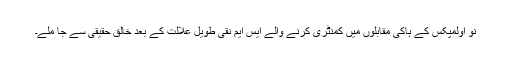
نو اولمپکس کے ہاکی مقابلوں میں کمنٹری کرنے والے ایس ایم نقی طویل علالت کے بعد خالق حقیقی سے جا ملے۔